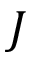
J